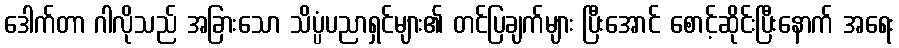
ဒေါက်တာ ဂါလိုသည် အခြားသော သိပ္ပံပညာရှင်များ၏ တင်ပြချက်များ ပြီးအောင် စောင့်ဆိုင်းပြီးနောက် အရေး